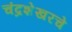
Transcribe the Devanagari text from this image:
चंद्रशेखरचे